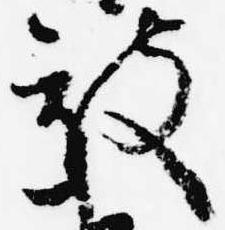
被